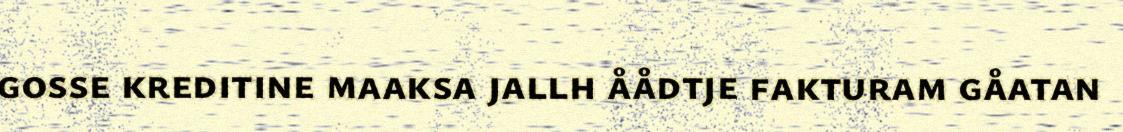
gosse kreditine maaksa jallh åådtje fakturam gåatan